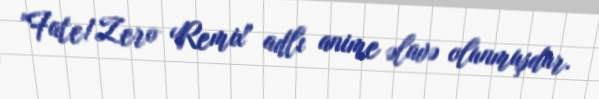
"Fate/Zero Remix" adlı anime əlavə olunmuşdur.